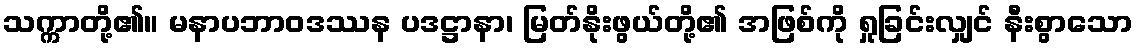
သက္ကာတို့၏။ မနာပဘာဝဒဿန ပဒဋ္ဌာနာ၊ မြတ်နိုးဖွယ်တို့၏ အဖြစ်ကို ရှုခြင်းလျှင် နီးစွာသော